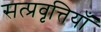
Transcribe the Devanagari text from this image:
सत्प्रवृत्तियाँ